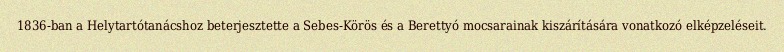
1836-ban a Helytartótanácshoz beterjesztette a Sebes-Körös és a Berettyó mocsarainak kiszárítására vonatkozó elképzeléseit.